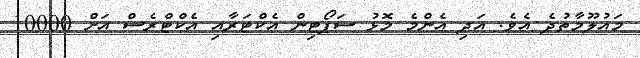
މައުލޫމާތުދެ އެވެ. އަދި އެންމެ މޮޅު ސަޕޯޓިން އެކްޓަރާއި އެކްޓްރެސް އަށް 10000